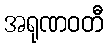
အရုဏဝတီ